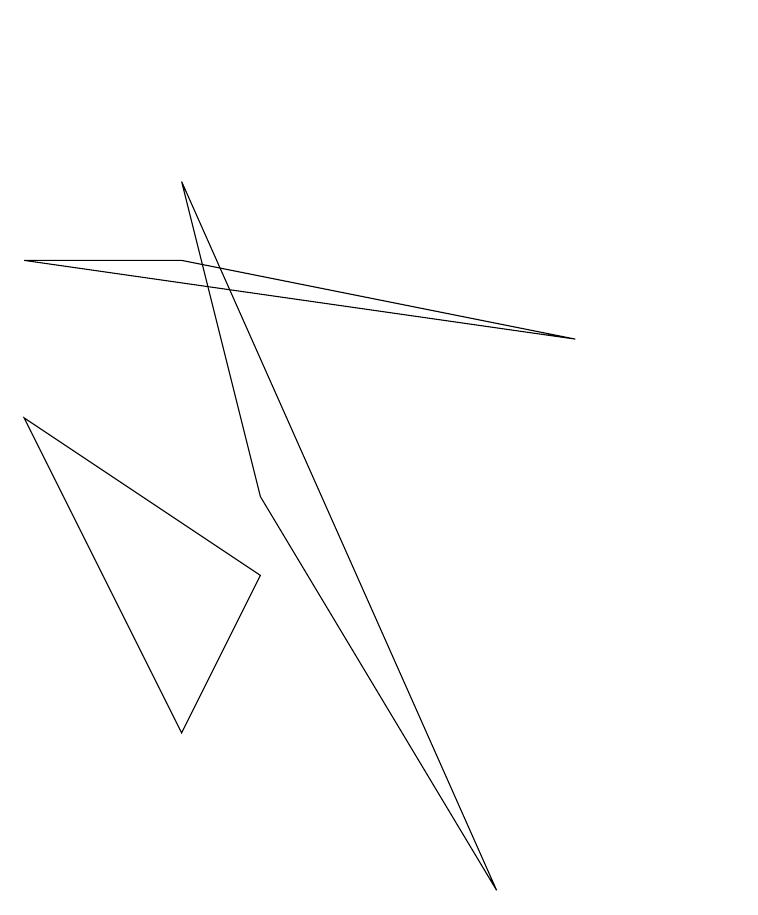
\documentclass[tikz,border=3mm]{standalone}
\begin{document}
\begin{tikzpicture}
\draw (10,11) circle (0);
\draw (3,8) -- (1,8) -- (8,7) -- cycle;
\draw (7,0) -- (3,9) -- (4,5) -- cycle;
\draw (10,11) circle (0);
\draw (1,6) -- (3,2) -- (4,4) -- cycle;
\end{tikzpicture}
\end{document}